Lunatic asylums Madras 1892-1911 - 1892-1911
Year: 1892
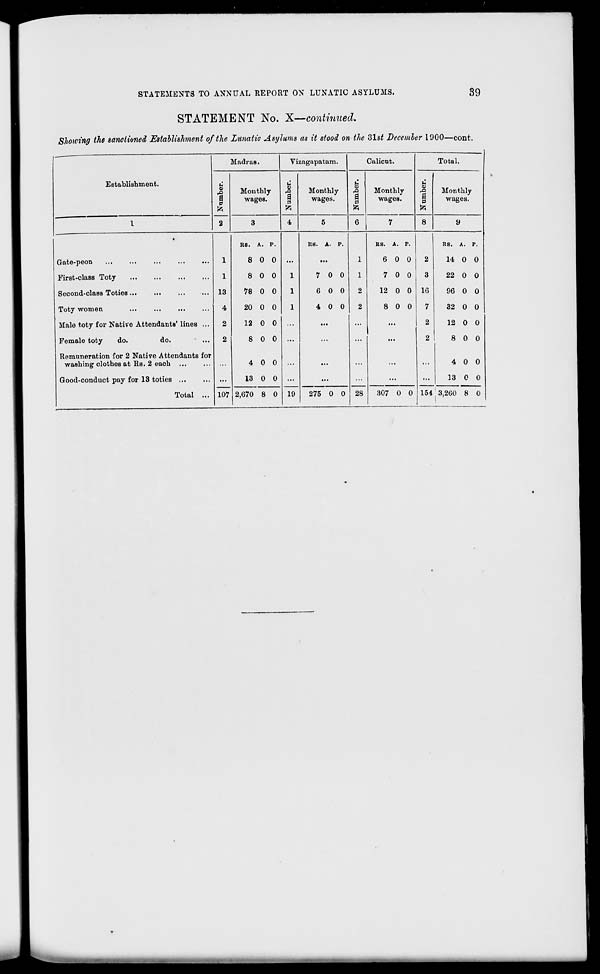
STATEMENTS TO ANNUAL REPORT ON LUNATIC ASYLUMS.
39
STATEMENT No. X—continued.
Showing the sanctioned Establishment of the Lunatic Asylums as it stood on the 31st December 1900—cont.
Establishment.
Madras.
Vi zagapatam.
Calicut.
Total.
&
1 p
ft
2
Monthly
wages.
u
a
Monthly
wages.
& o
a p
fe
6
Monthly
wages.
C
6
P
Monthly
wages.
1
3
4
5
7
8
9
*
RS. A. P.
RS. A. P.
RS. A. p.
RS. A. P.
Gate-peon
...
...
...
...
...
1
8 0 0 ...
...
1
6 0 0
2
14 0 0
First-class Toty
1
8 0 0
1
7 0 0
1
7 0 0
3
22 0 0
Second-class Toties...
13
78 0 0
1
6 0 0
2
12 0 0 16
96 0 0
Toty women
...
...
4
20 0 0
1
4 0 0
2
8 0 0
7
32 0 0
Male toty for Native Attendants' lines ...
2
12 0 0 ...
...
...
...
2
12 0 0
Female toty
do.
do.
2
8 0 0 ...
...
...
...
2
8 0 0
Remuneration for 2 Native Attendants for
washing clothes at Rs. 2 eaoh
4 0 0 ...
...
...
...
...
4 0 0
Good-conduct pay for 13 toties ...
Total ... 107
13 0 0
19
...
28
...
...
13 0 0
2,670 8 0
275 0 0
307 0 0 151 ( 3,260 8 0